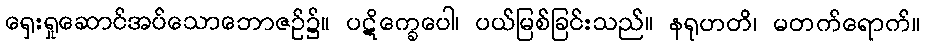
ရှေးရှုဆောင်အပ်သောဘောဇဉ်၌။ ပဋိက္ခေပေါ၊ ပယ်မြစ်ခြင်းသည်။ နရုဟတိ၊ မတက်ရောက်။